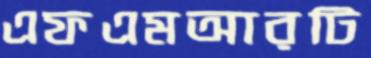
এফএমআরটি